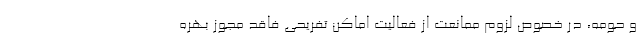
و حومه، در خصوص لزوم ممانعت از فعالیت اماکن تفریحی فاقد مجوز بهره